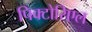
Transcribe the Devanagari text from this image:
पिक्टोरिएल